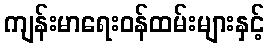
ကျန်းမာရေးဝန်ထမ်းများနှင့်